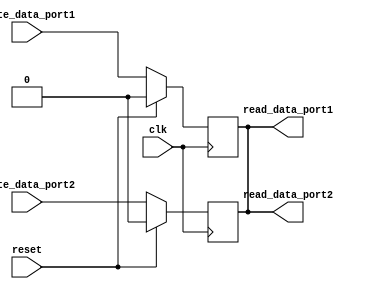
module dual_port_register (
    input wire clk,
    input wire reset,
    input wire write_data_port1,
    input wire write_data_port2,
    output reg read_data_port1,
    output reg read_data_port2
);

reg storage_element;

always @(posedge clk) begin
    if (reset) begin
        storage_element <= 0;
    end else begin
        storage_element <= write_data_port1;
    end
end

assign read_data_port1 = storage_element;

always @(posedge clk) begin
    if (reset) begin
        storage_element <= 0;
    end else begin
        storage_element <= write_data_port2;
    end
end

assign read_data_port2 = storage_element;

endmodule